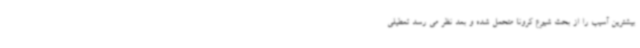
بیشترین آسیب را از بحث شیوع کرونا متحمل شده و بعد نظر می رسد تعطیلی